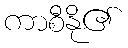
ကာစီနို၏